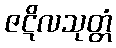
ဇဋိလသုတ္တံ